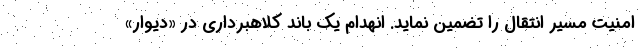
امنیت مسیر انتقال را تضمین نماید. انهدام یک باند کلاهبرداری در «دیوار»